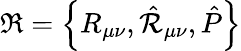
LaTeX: \Re=\left\{ R_{\mu\nu},{\hat{\cal R}}_{\mu\nu},{\hat{P}}\right\}